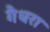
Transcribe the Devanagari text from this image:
गैधरा